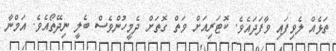
ތަޅެއް ލެވިފައި ވާފަދައެވެ. ކޮޓަރިއަށް ވަތް ގޮތަށް ދެމީހުންވެސް ބެލީ ނިދޭތޯއެވެ. އަމްނާ